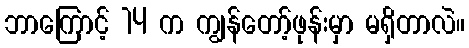
ဘာကြောင့် 14 က ကျွန်တော့်ဖုန်းမှာ မရှိတာလဲ။